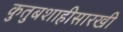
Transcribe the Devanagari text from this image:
कुतुबशाहीसारखी